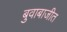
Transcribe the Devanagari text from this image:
बुवाबाजीत